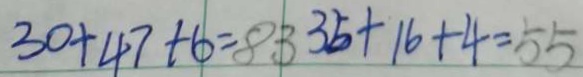
3 0 + 4 7 + 6 = 8 3 3 5 + 1 6 + 4 = 5 5